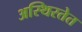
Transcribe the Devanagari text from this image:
अस्थिरतेत